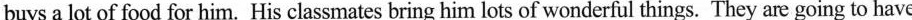
buys a lot of food for him. His classmates bring him lots of wonderful things. They are going to have